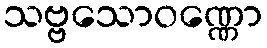
သဗ္ဗသောဝဏ္ဏော